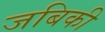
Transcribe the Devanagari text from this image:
जबिकी